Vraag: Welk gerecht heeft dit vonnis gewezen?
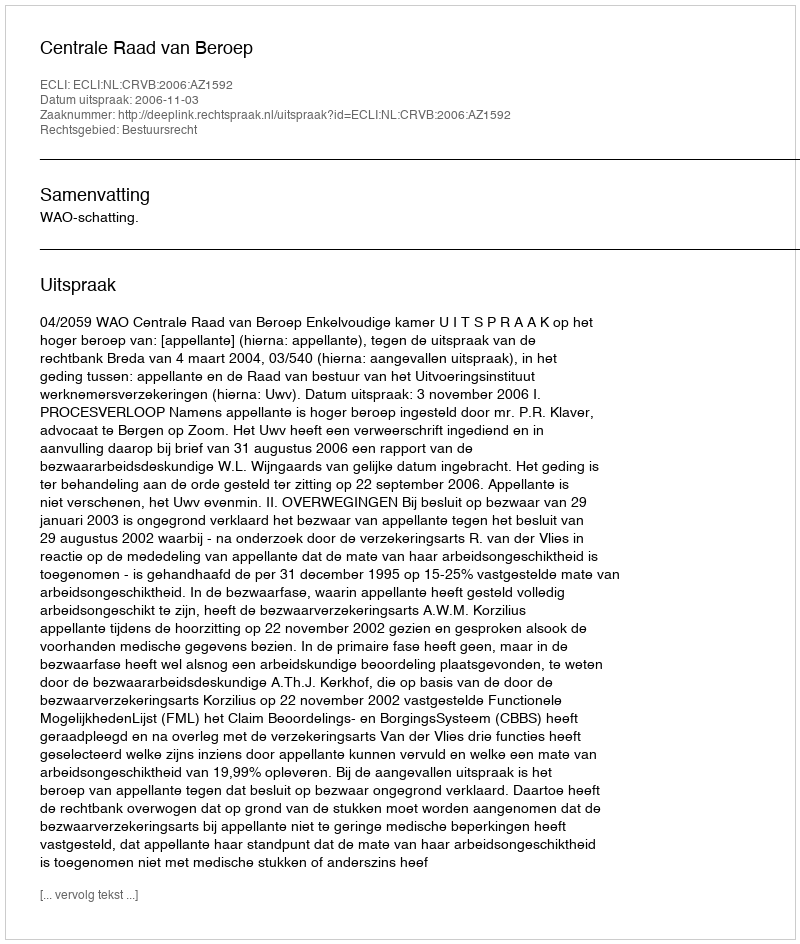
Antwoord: Centrale Raad van Beroep